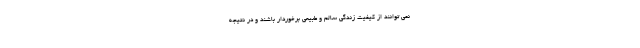
نمی توانند از کیفیت زندگی سالم و طبیعی برخوردار باشند و در نتیجه